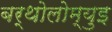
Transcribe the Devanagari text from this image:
बर्थोलोम्युइ